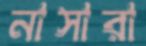
নাসারা